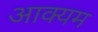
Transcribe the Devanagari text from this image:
आक्यम